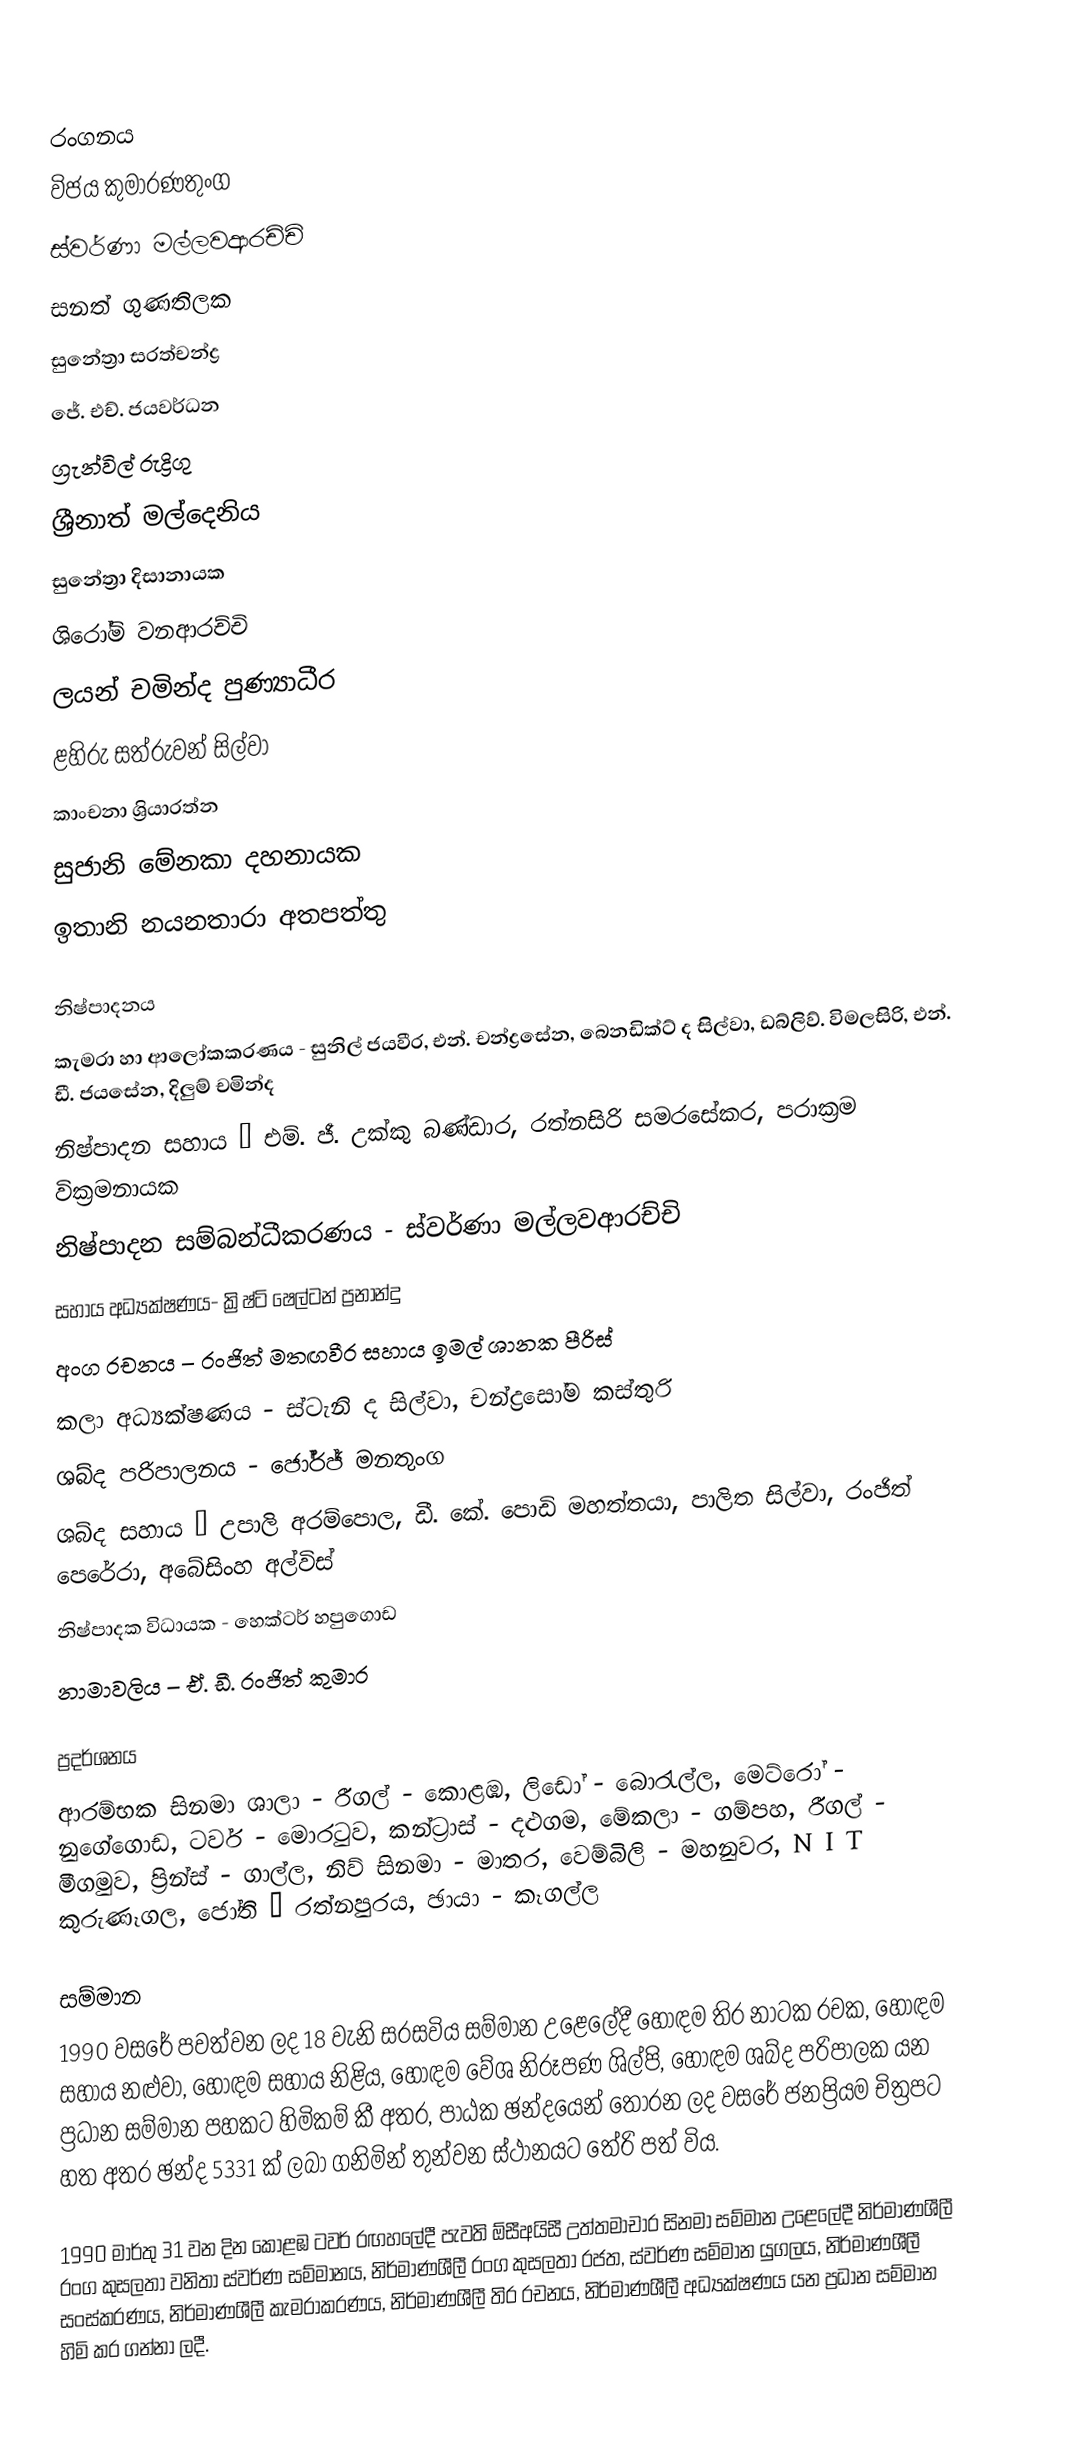

රංගනය
විජය කුමාරණතුංග
ස්වර්ණා මල්ලවආරච්චි
සනත් ගුණතිලක
සුනේත්‍රා සරත්චන්ද්‍ර
ජේ. එච්. ජයවර්ධන
ග්‍රැන්විල් රුද්‍රිගු
ශ්‍රීනාත් මල්දෙනිය
සුනේත්‍රා දිසානායක
ශිරෝමි වනආරච්චි
ලයන් චමින්ද පුණ්‍යාධීර
ළහිරු සත්රුවන් සිල්වා
කාංචනා ශ්‍රියාරත්න
සුජානි මේනකා දහනායක
ඉතානි නයනතාරා අතපත්තු

නිෂ්පාදනය
කැමරා හා ආලෝකකරණය - සුනිල් ජයවීර, එන්. චන්ද්‍රසේන, බෙනඩික්ට් ද සිල්වා, ඩබ්ලිව්. විමලසිරි, එන්. ඩී. ජයසේන, දිලුම් චමින්ද
නිෂ්පාදන සහාය – එම්. ජී. උක්කු බණ්ඩාර, රත්නසිරි සමරසේකර, පරාක්‍රම වික්‍රමනායක
නිෂ්පාදන සම්බන්ධීකරණය - ස්වර්ණා මල්ලවආරච්චි
සහාය අධ්‍යක්ෂණය- ක්‍රිෂ්ටි ෂෙල්ටන් ප්‍රනාන්දු
අංග රචනය – රංජිත් මතඟවීර සහාය ඉමල් ශානක පීරිස්
කලා අධ්‍යක්ෂණය - ස්ටැනි ද සිල්වා, චන්ද්‍රසෝම කස්තුරි
ශබ්ද පරිපාලනය - ජෝර්ජ් මනතුංග
ශබ්ද සහාය – උපාලි අරම්පොල, ඩී. කේ. පොඩි මහත්තයා, පාලිත සිල්වා, රංජිත් පෙරේරා, අබේසිංහ අල්විස්
නිෂ්පාදක විධායක - හෙක්ටර් හපුගොඩ
නාමාවලිය – ඒ. ඩී. රංජිත් කුමාර

ප්‍රදර්ශනය
ආරම්භක සිනමා ශාලා - රීගල් - කොළඹ, ලිඩෝ - බොරැල්ල, මෙට්රෝ - නුගේගොඩ, ටවර් - මොරටුව, කන්ට්‍රාස් - දළුගම, මේකලා - ගම්පහ, රීගල් - මීගමුව, ප්‍රින්ස් - ගාල්ල, නිව් සිනමා - මාතර, වෙම්බිලි - මහනුවර, N I T  කුරුණෑගල, ජෝති – රත්නපුරය, ඡායා - කෑගල්ල

සම්මාන
1990 වසරේ පවත්වන ලද 18 වැනි සරසවිය සම්මාන උළෙලේදී හොඳම තිර නාටක රචක, හොඳම සහාය නළුවා, හොඳම සහාය නිළිය, හොඳම වේශ නිරූපණ ශිල්පි, හොඳම ශබ්ද පරිපාලක යන ප්‍රධාන සම්මාන පහකට හිමිකම් කී අතර, පාඨක ඡන්දයෙන් තෝරන ලද වසරේ ජනප්‍රියම චිත්‍රපට හත අතර ඡන්ද 5331 ක් ලබා ගනිමින් තුන්වන ස්ථානයට තේරි පත් විය.

1990 මාර්තු 31 වන දින කොළඹ ටවර් රඟහලේදී පැවති ඕසීඅයිසී උත්තමාචාර සිනමා සම්මාන උළෙලේදී නිර්මාණශීලී රංග කුසලතා වනිතා ස්වර්ණ සම්මානය, නිර්මාණශීලී රංග කුසලතා රජත, ස්වර්ණ සම්මාන යුගලය, නිර්මාණශීලී සංස්කරණය, නිර්මාණශීලී කැමරාකරණය, නිර්මාණශීලී තිර රචනය, නිර්මාණශීලී අධ්‍යක්ෂණය යන ප්‍රධාන සම්මාන හිමි කර ගන්නා ලදී.